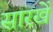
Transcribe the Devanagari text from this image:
सारखें